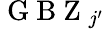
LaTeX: \mathrm{~G~B~Z~}_{j^{\prime}}